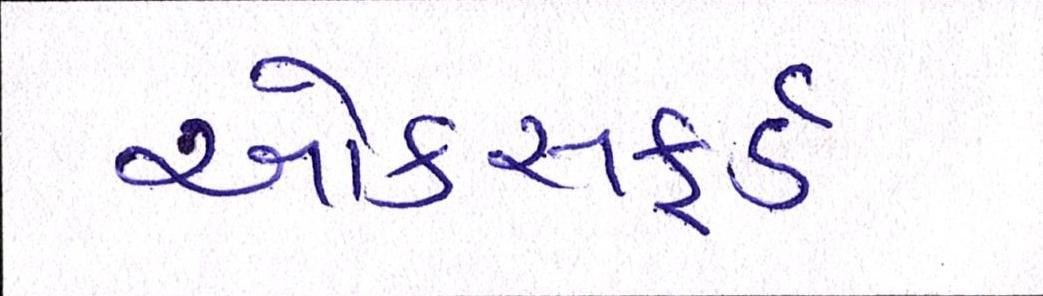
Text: ઓકસફર્ડ